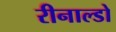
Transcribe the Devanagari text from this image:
रीनाल्डो